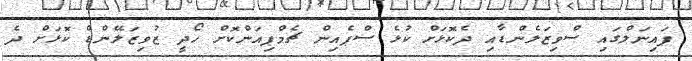
ފައިނަލްގައި ސްވިޒަލެންޑާއި ދެކޮޅަށް ކުޅެ ސްޕެއިން ޗެމްޕިއަންކޮށް ހޯދީ ޒުވިޒަލޭންޑް ކޮޅަށް ދެ